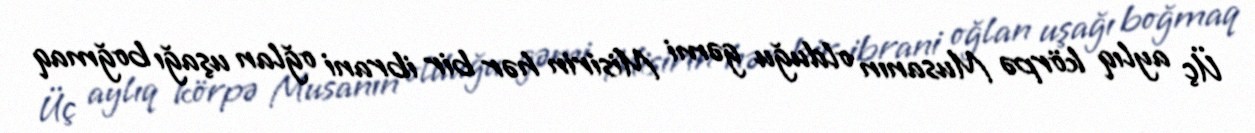
Üç aylıq körpə Musanın olduğu gəmi Misirin hər bir ibrani oğlan uşağı boğmaq